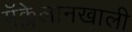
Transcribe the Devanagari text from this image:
मॅक्लेलानखाली